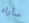
سأراه